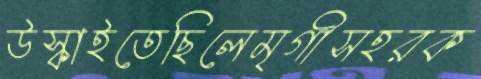
উস্‌কাইতেছিলেমৃগীসহরক